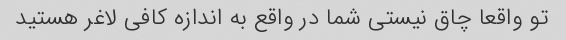
تو واقعا چاق نیستی شما در واقع به اندازه کافی لاغر هستید